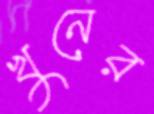
খুনের